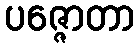
ပဇ္ဇောတာ